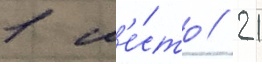
1 м'е́сто / 21